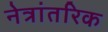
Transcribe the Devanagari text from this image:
नेत्रांतरिक